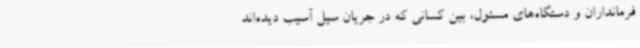
فرمانداران و دستگاه‌های مسئول، بین کسانی که در جریان سیل آسیب دیده‌اند